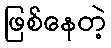
ဖြစ်နေတဲ့